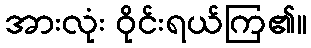
အားလုံး ဝိုင်းရယ်ကြ၏။